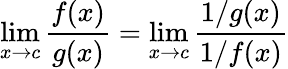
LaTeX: \operatorname*{lim}_{x\to c}{\frac{f(x)}{g(x)}}=\operatorname*{lim}_{x\to c}{\frac{1/g(x)}{1/f(x)}}